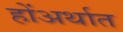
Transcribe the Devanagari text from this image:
होंअर्थात